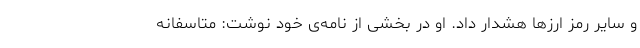
و سایر رمز ارزها هشدار داد. او در بخشی از نامه‌ی خود نوشت: متاسفانه